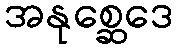
အနုစ္ဆေဒေ